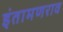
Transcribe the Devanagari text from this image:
इंतामणराव